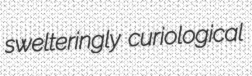
swelteringly curiological